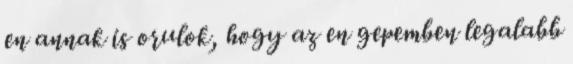
en annak is orulok, hogy az en gepemben legalabb